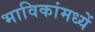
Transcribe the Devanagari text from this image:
भाविकांमध्यें